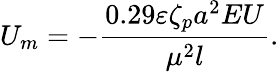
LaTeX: U_{m}=-\frac{0.29\varepsilon\zeta_{p}a^{2}EU}{\mu^{2}l}.